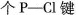
个Р—Cl键